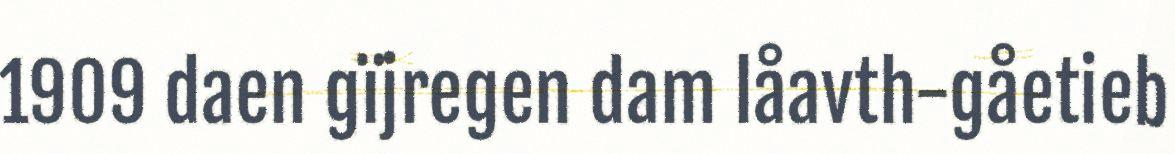
1909 daen gïjregen dam låavth-gåetieb